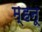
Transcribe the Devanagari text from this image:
म्हनू